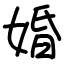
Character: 婚